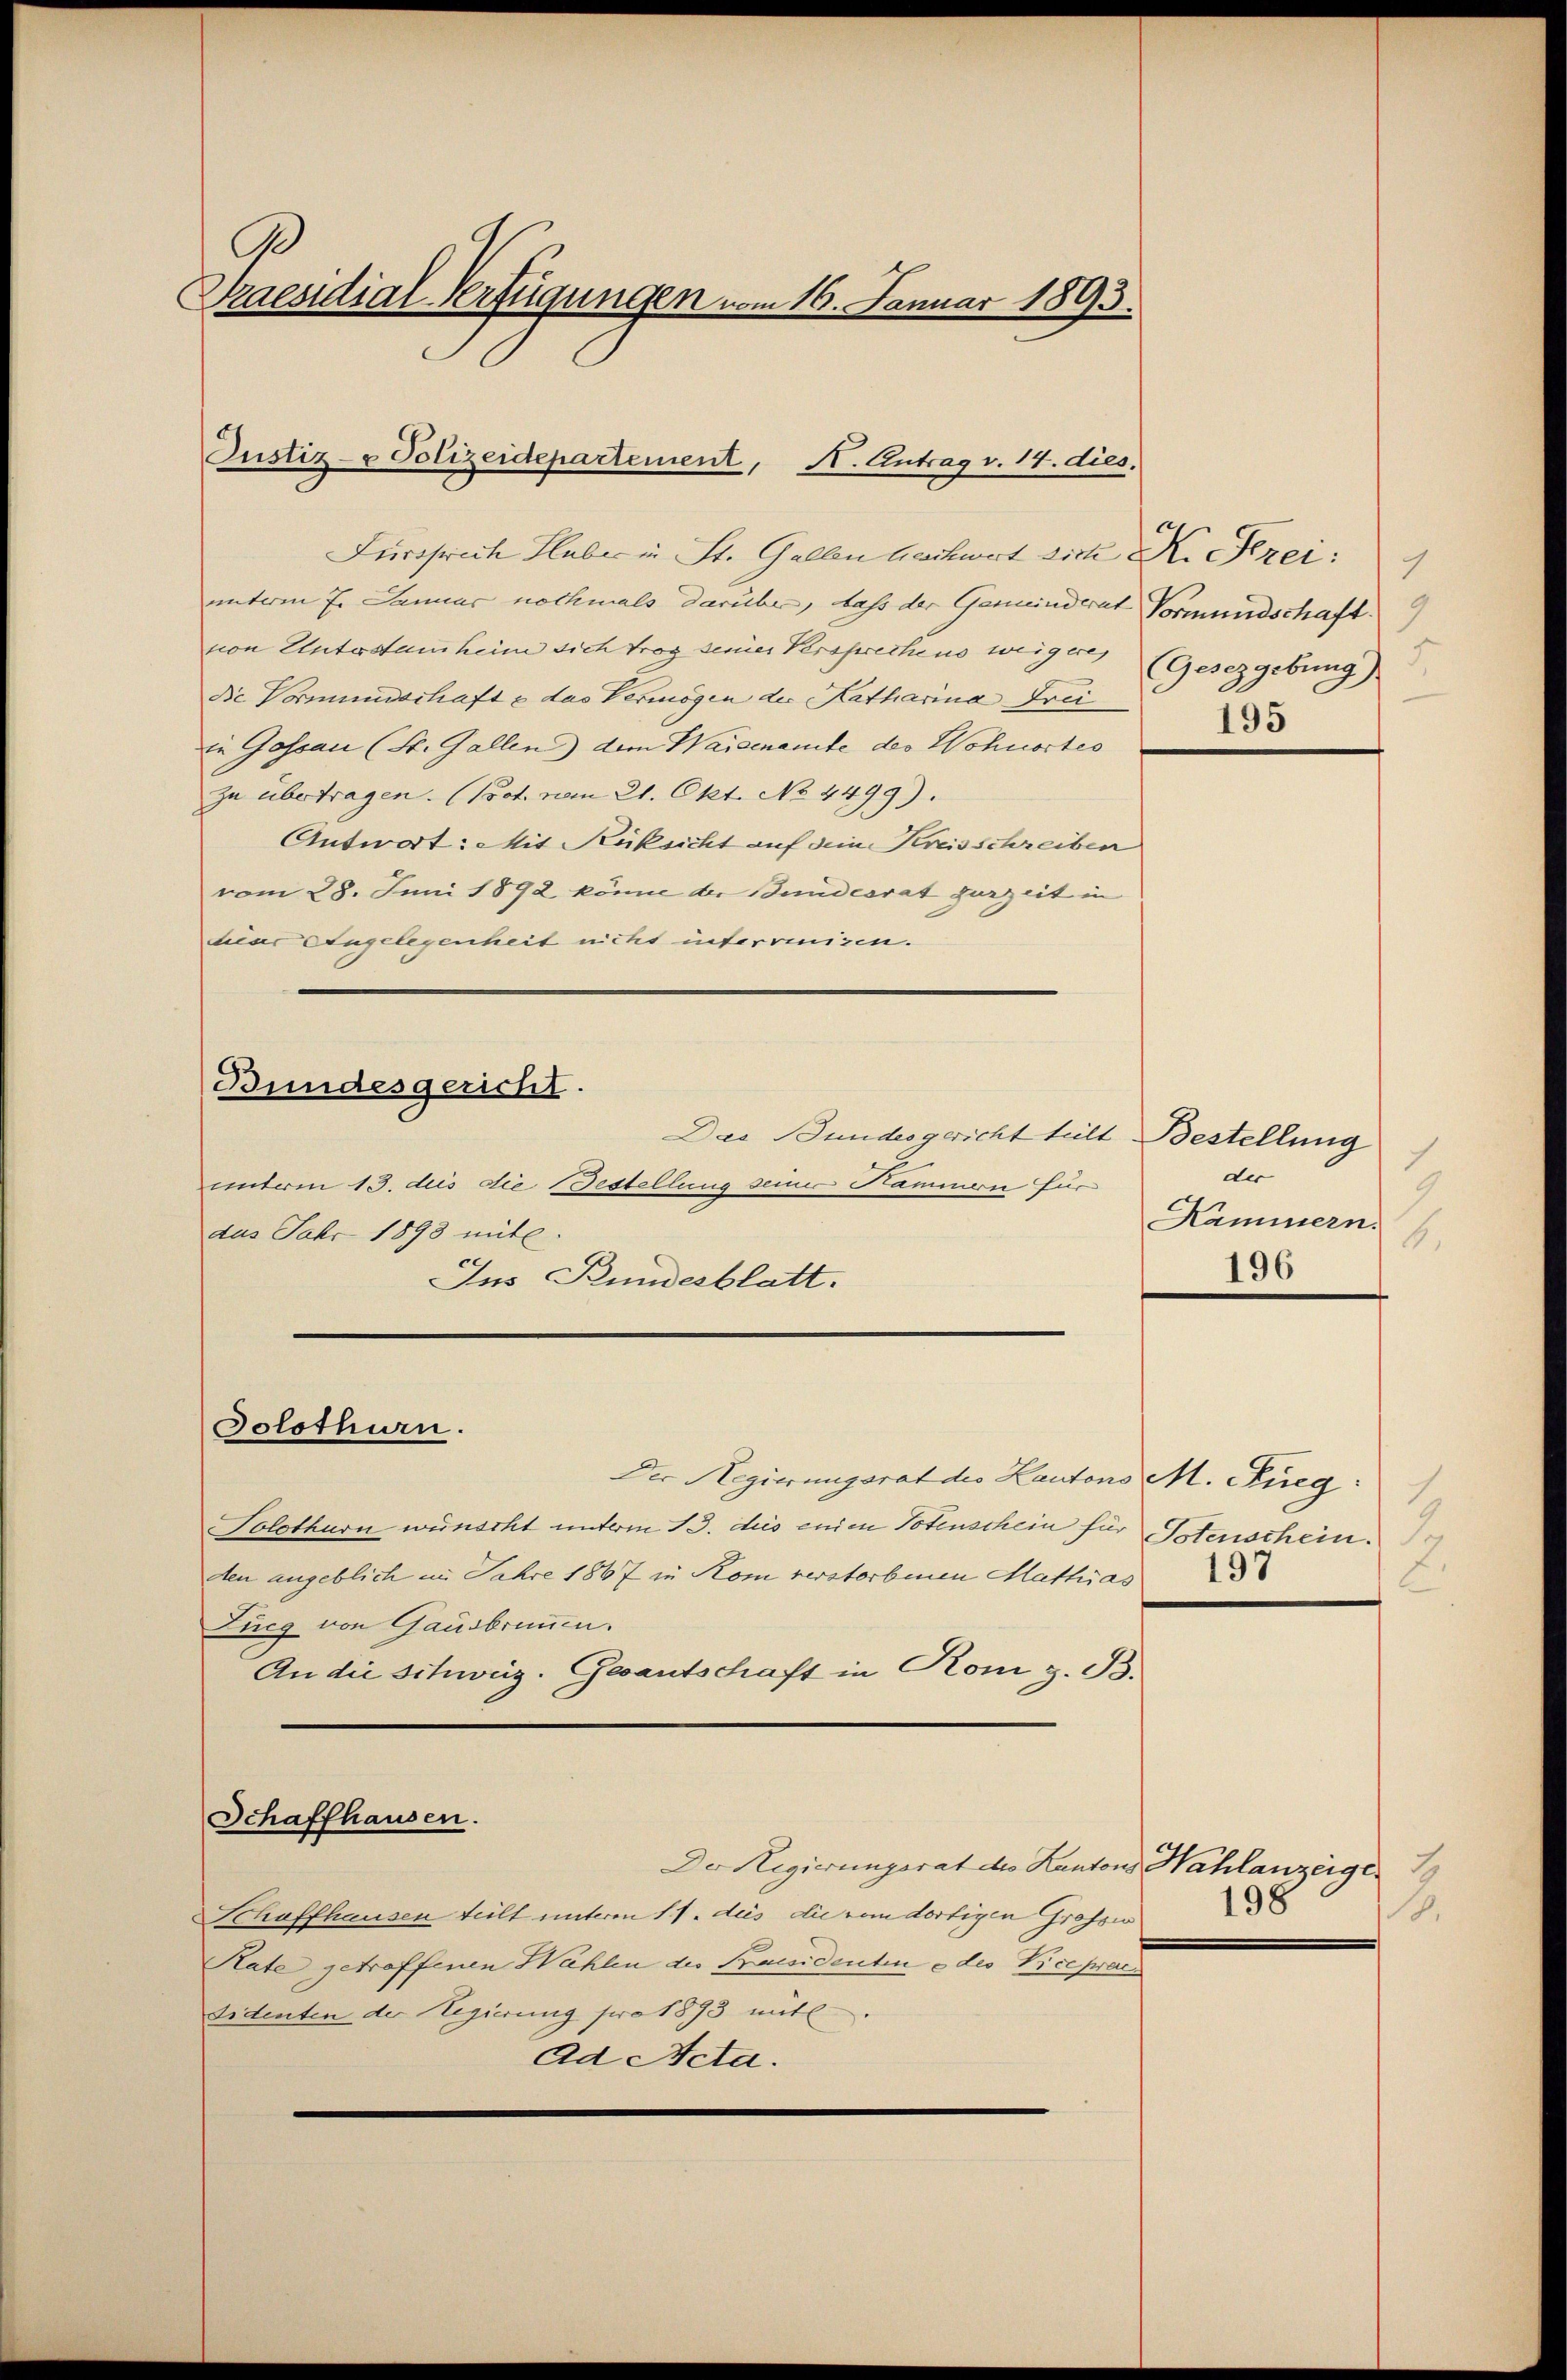
9
Praesidial-Verfügungen vom 16. Januar 1893.

Justiz- & Polizeidepartement, H. Antrag v. 14. dies

Solothurn.

Schaffhausen.

Furchrich Habe in St. Gallen nachwert sich K. Krei:
unterm 7. Januar nochmals darüber, dass der Gemeinderat Vormundschaft. 9
von Unterstammheim sich trag seiner Persprechens weiger (Gesetzgebung)
Die Vormundschaft & das Vermögen der Katharina Frei
in Gossau (St. Gallen) dem Waisenamte des Wohnortes
zu übertragen. (Post vom 21. Okt. No 4499).
Antwort: Mit Rüksicht auf den Kreisschreiben
vom 28. Juni 1892 könne der Bundesrat zurzeit in
diear Angelegenheit nicht interreizen.
Bundesgericht.
Das Bundesgericht teilt Bestellung
unterm 13. des die Bestellung seiner Hammern für
dus Jahr 1898 mit.
Ins Bundesblatt.

.
195

Der Regierungsrat des Kantons M. Sieg
Solothurn wünscht unterm 13. dies einen Totenschein für Totenschein.
ten angeblich in Jahre 1867 in Kom verstorbenen Mathias
Lueg von Gausbrunnen.
An die Schweiz. Gesantschaft in Rom z. B.

Der Regierungsrat des Kantons Wahlanzeiger 19
Schaffhausen teilt unterm 11. des die vom dortigen Grosse
Rate getreffenen Wahlen des Pacidenten e des Vicepraesidenten der Regierung pro 1893 mit
Ad Acta.

7
der
9
Kammern.
b.
196

198
.